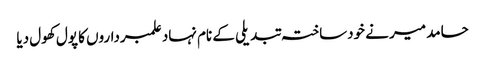
حامد میر نے خودساختہ تبدیلی کے نام نہاد علمبرداروں کا پول کھول دیا